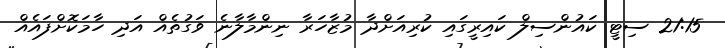
21:15 ސިޓީ ކައުންސިލް ކައިރީގައި ކުރިއަށްދާ މުޒާހަރާ ނިންމާލާނެ ވަގުތެއް އަދި ހާމަކޮށްފައެއް